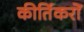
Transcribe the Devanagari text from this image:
कीर्तिकरों